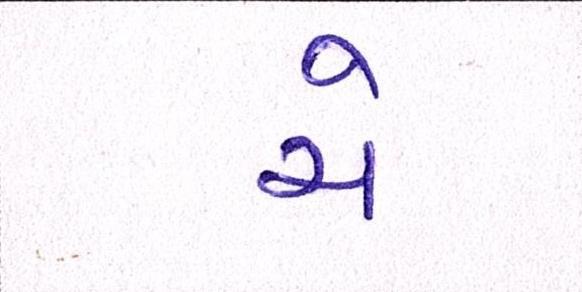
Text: ચે